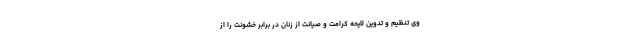
وی تنظیم و تدوین لایحه کرامت و صیانت از زنان در برابر خشونت را از